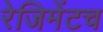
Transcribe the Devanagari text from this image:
रेजिमेंटच